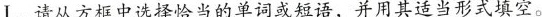
Ⅰ.请从方框中选择恰当的单词或短语，并用其适当形式填空。